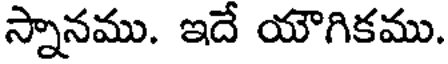
స్నానము. ఇదే యౌగికము.